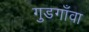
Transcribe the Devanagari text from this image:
गुडगाँवा